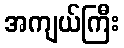
အကျယ်ကြီး